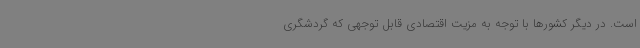
است. در دیگر کشورها با توجه به مزیت اقتصادی قابل توجهی که گردشگری